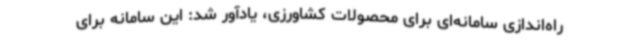
راه‌اندازی سامانه‌ای برای محصولات کشاورزی، یادآور شد: این سامانه برای